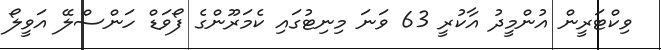
ވިކްޓަރީން އުންމީދު އާކުރީ 63 ވަަނަ މިނިޓުގައި ކެމަރޫންގެ ފޯވަޑް ހަންސްލޭ އަވީލޯ